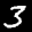
Label: 3